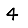
Digit: 4